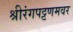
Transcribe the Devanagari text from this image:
श्रीरंगपट्टणमवर